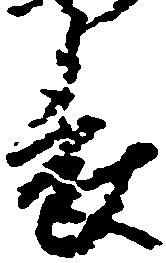
表